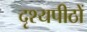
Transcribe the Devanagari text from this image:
दृश्यपीठों